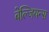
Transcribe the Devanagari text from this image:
बेल्जियन्स